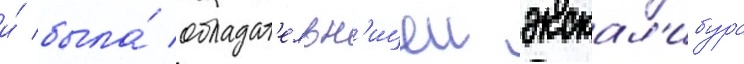
и́ была́ обладат'ельн'ицеи экскал'ибура